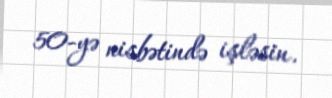
50-yə nisbətində işləsin.